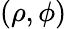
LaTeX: (\rho,\phi)